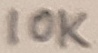
Text: 10K